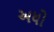
અધો